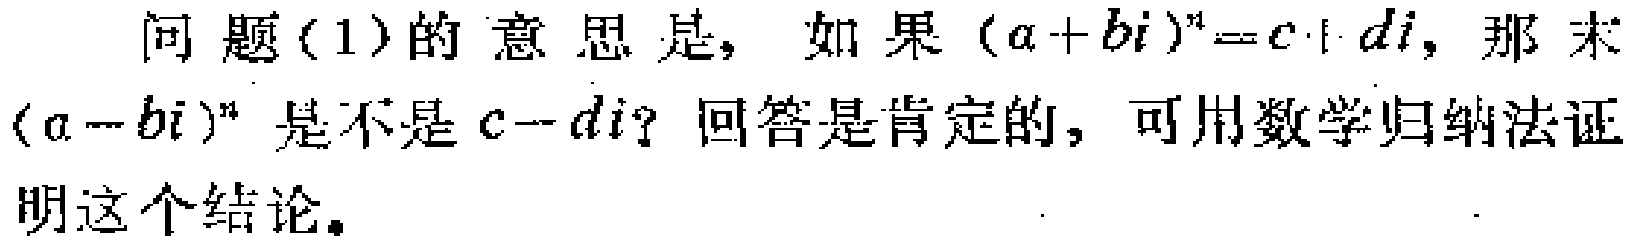
问题(1)的意思是，如果\((a + bi)^n = c + di\)，那末\((a - bi)^n\)是不是\(c - di\)？回答是肯定的，可用数学归纳法证明这个结论。